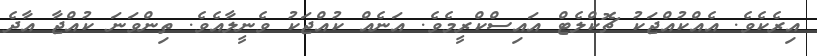
އިރެކެވެ. އެއްކުއްޖަކު ޗޮކްލެޓް އައިސްކްރީމެވެ. އަނެއް ކުއްޖަކު ވެނީލާއެވެ. ތިންވަނަ ކުއްޖާ އާދެ